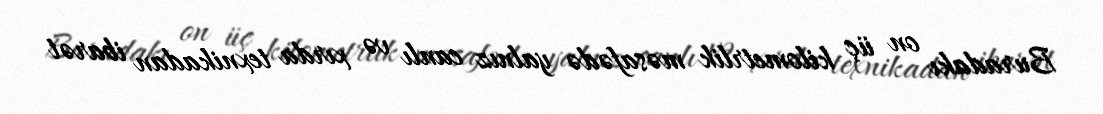
Buradakı on üç kilometrlik məsafədə yalnız canlı və xırda texnikadan ibarət